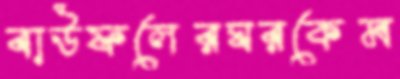
বাউফলেরঘরকেম